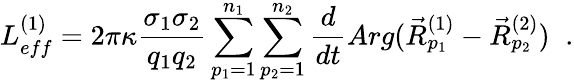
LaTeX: L_{eff}^{(1)}=2\pi\kappa\frac{\sigma_{1}\sigma_{2}}{q_{1}q_{2}}\sum_{p_{1}=1}^{n_{1}}\sum_{p_{2}=1}^{n_{2}}\frac{d}{dt}Arg(\vec{R}_{p_{1}}^{(1)}-\vec{R}_{p_{2}}^{(2)})\; \; .